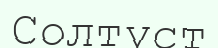
Солтүст